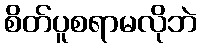
စိတ်ပူစရာမလိုဘဲ